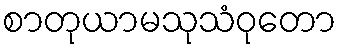
စာတုယာမသုသံဝုတော